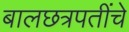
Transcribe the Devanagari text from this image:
बालछत्रपतींचे